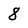
Character: 8